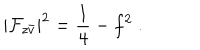
| { \cal F } _ { z \bar { v } } | ^ { 2 } = \frac { 1 } { 4 } - f ^ { 2 } \; .